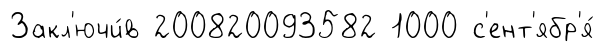
Закл'ючи́в 200820093582 1000 с'ент'ябр'я́